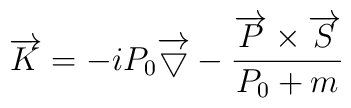
\overrightarrow{K}= -iP_0\overrightarrow{\bigtriangledown} -\frac{\overrightarrow{P}\times\overrightarrow{S}}{P_0+m}